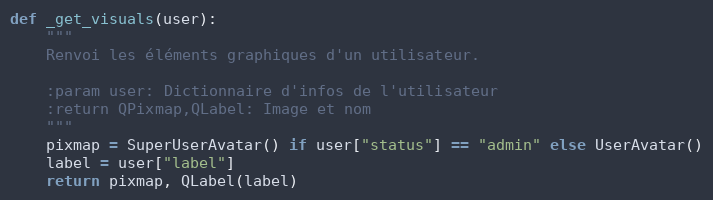
Language: Python
def _get_visuals(user):
    """
    Renvoi les éléments graphiques d'un utilisateur.

    :param user: Dictionnaire d'infos de l'utilisateur
    :return QPixmap,QLabel: Image et nom
    """
    pixmap = SuperUserAvatar() if user["status"] == "admin" else UserAvatar()
    label = user["label"]
    return pixmap, QLabel(label)